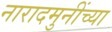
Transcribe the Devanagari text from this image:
नारादमुनींच्या